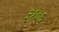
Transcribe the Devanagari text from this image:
३१०६